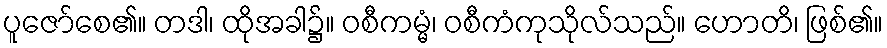
ပူဇော်စေ၏။ တဒါ၊ ထိုအခါ၌။ ဝစီကမ္မံ၊ ဝစီကံကုသိုလ်သည်။ ဟောတိ၊ ဖြစ်၏။